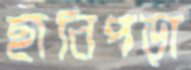
ছানিপড়া